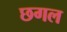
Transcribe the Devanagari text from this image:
छगल